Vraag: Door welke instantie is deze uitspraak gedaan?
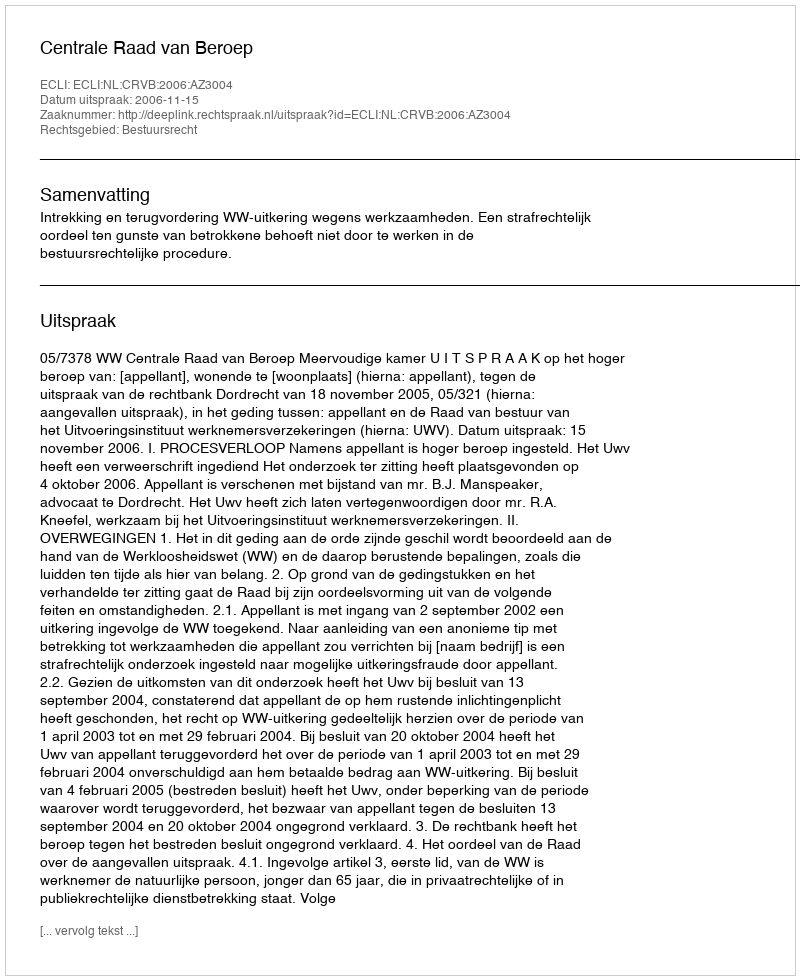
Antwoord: Centrale Raad van Beroep